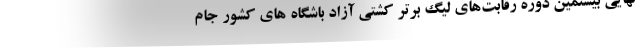
نهایی بیستمین دوره رقابت‌های لیگ برتر کشتی آزاد باشگاه های کشور جام